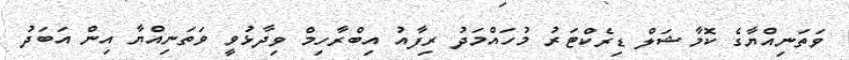
ވަތަނިއްޔާގެ ކޮމާޝަލް ޑިރެކްޓަރު މުހައްމަދު ރިފާއު އިބްރާހިމް ވިދާޅުވީ ވަތަނިއްޔާ އިން އަބަދު